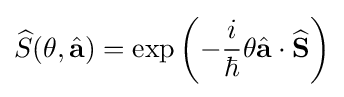
{\widehat {S}}(\theta ,{\hat {\mathbf {a} }})=\exp \left(-{\frac {i}{\hbar }}\theta {\hat {\mathbf {a} }}\cdot {\widehat {\mathbf {S} }}\right)